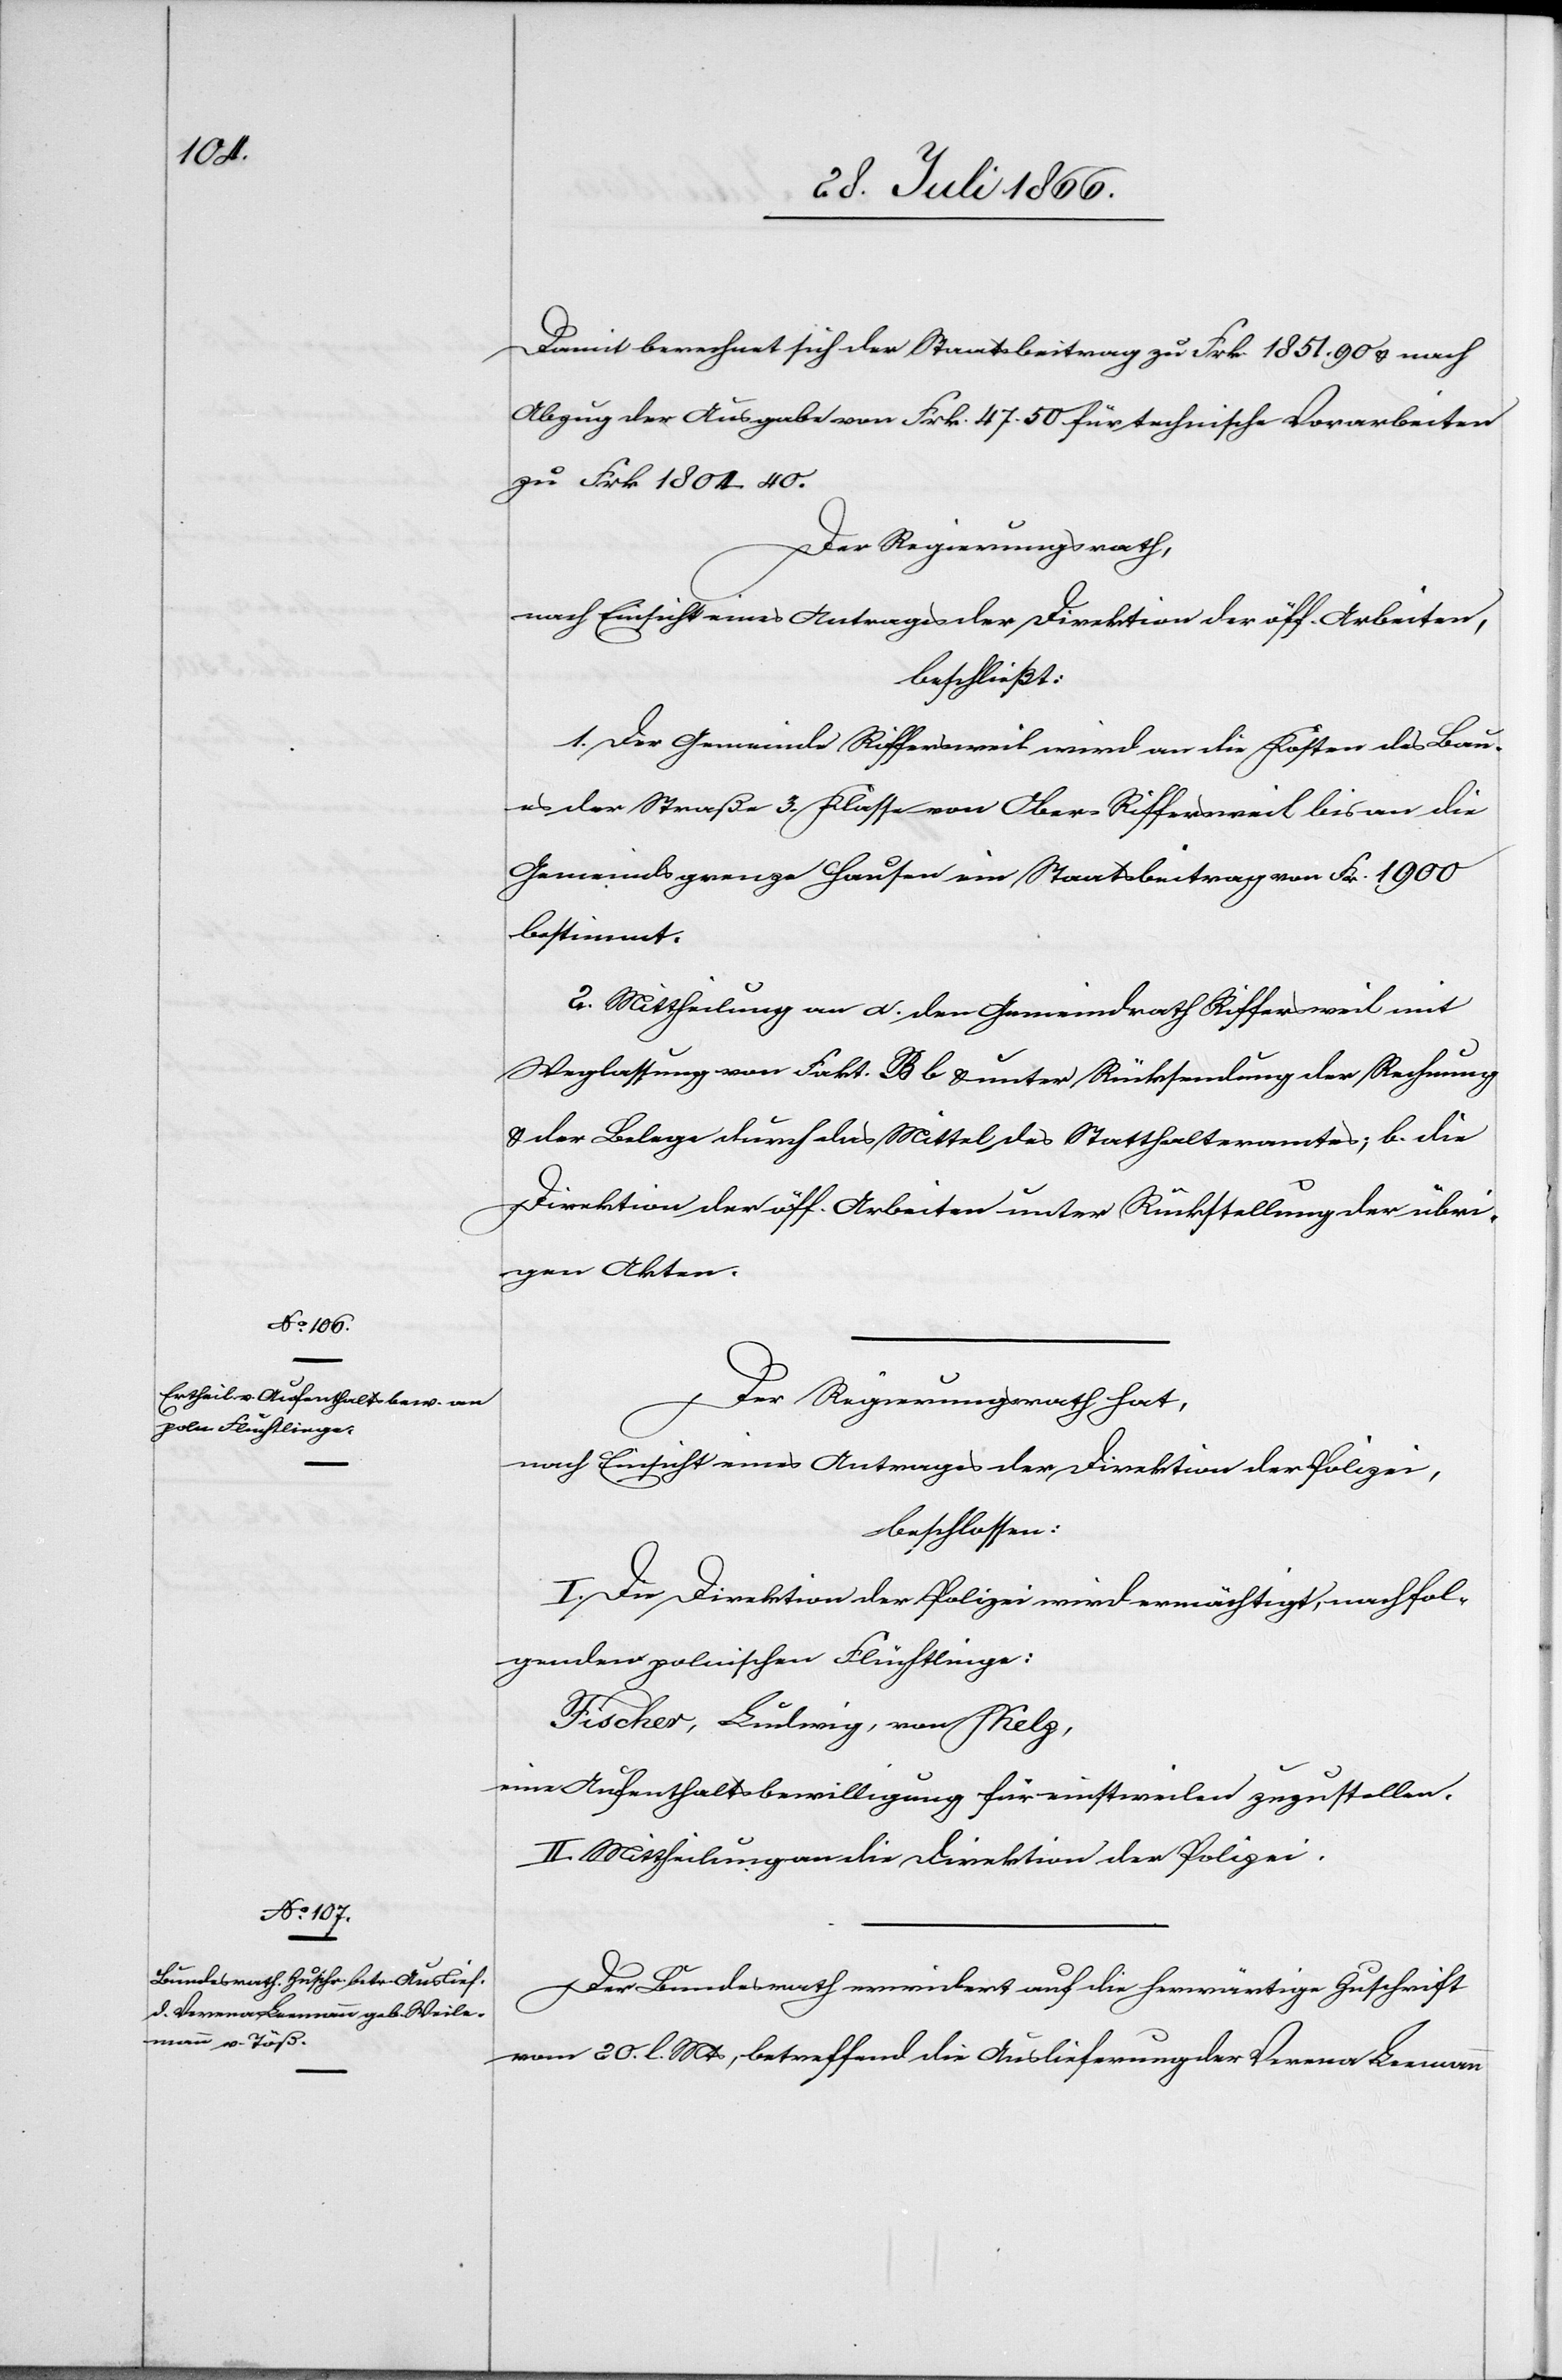
Damit berechnet sich der Staatsbeitrag zu Frk. 1851.90 u. nach
Abzug der Ausgabe von Frk. 47.50 für technische Vorarbeiten
zu Frk. 1804.40.
Der Regierungsrath,
nach Einsicht eines Antrages der Direktion der öff. Arbeiten,
beschließt:
1. Der Gemeinde Riffersweil wird an die Kosten des Bau¬
es der Straße 3. Klasse von Ober-Riffersweil bis an die
Gemeindsgrenze Hausen ein Staatsbeitrag von Fr. 1900
bestimmt.
2. Mittheilung an a. den Gemeindrath Riffersweil mit
Weglassung von Fakt. B b u. unter Rücksendung der Rechnung
u. der Belege durch das Mittel des Statthalteramtes; b. die
Direktion der öff. Arbeiten unter Rückstellung der übri¬
gen Akten.
Der Regierungsrath hat,
nach Einsicht eines Antrages der Direktion der Polizei,
beschlossen:
I. Die Direktion der Polizei wird ermächtigt, nachfol¬
genden polnischen Flüchtlingen:
Fischer, Ludwig, von Shelz,
eine Aufenthaltsbewilligung für einstweilen zuzustellen.
II. Mittheilung an die Direktion der Polizei.
Der Bundesrath erwiedert auf die herwärtige Zuschrift
vom 20. l Mts, betreffend die Auslieferung der Verena Leemann